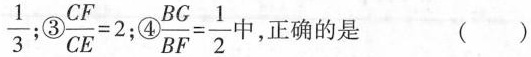
\frac { 1 } { 3 }$$；$$\frac { C F } { C E } = 2$$；④$$\frac { B G } { B F }= \frac { 1 } { 2 }$$ 中，正确的是 ( )